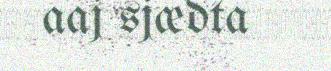
aaj sjædta